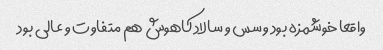
واقعا خوشمزه بود و سس و سالاد کاهوش هم متفاوت و عالی بود